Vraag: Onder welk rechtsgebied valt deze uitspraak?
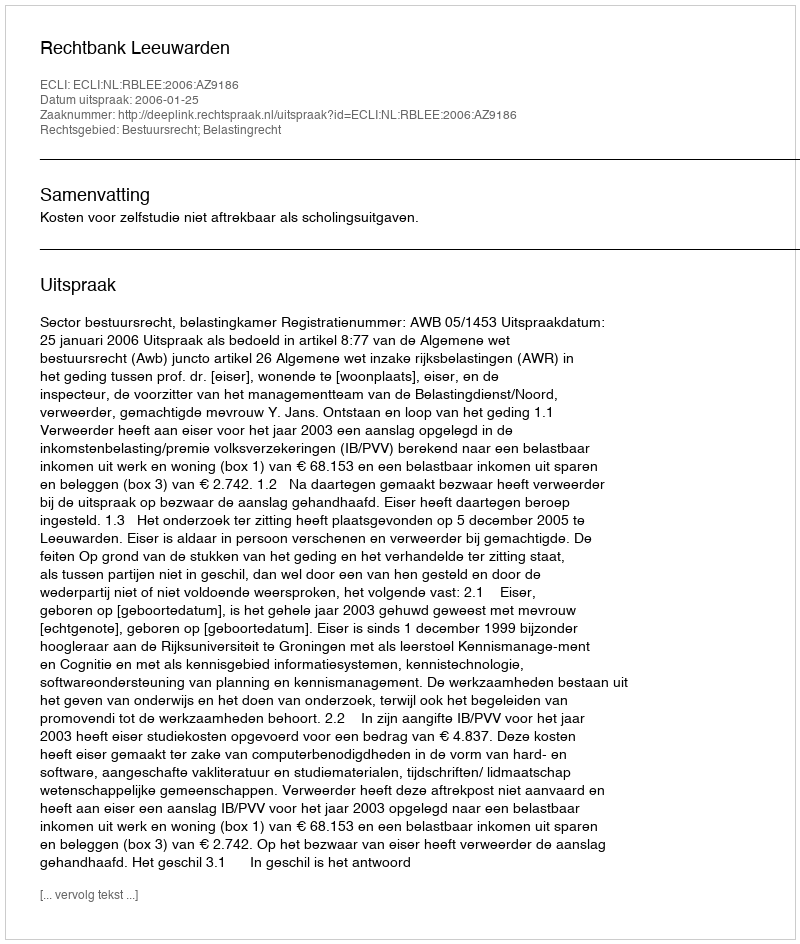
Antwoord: Bestuursrecht; Belastingrecht